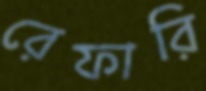
রেফারি